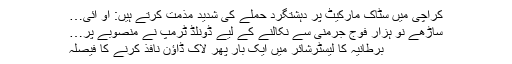
کراچی میں سٹاک مارکیٹ پر دہشتگرد حملے کی شدید مذمت کرتے ہیں: او آئی…
ساڑھے نو ہزار فوج جرمنی سے نکالنے کے لیے ڈونلڈ ٹرمپ نے منصوبے پر…
برطانیہ کا لیسٹرشائر میں ایک بار پھر لاک ڈاؤن نافذ کرنے کا فیصلہ